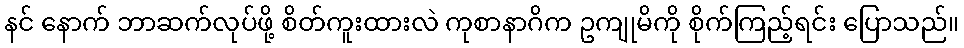
နင် နောက် ဘာဆက်လုပ်ဖို့ စိတ်ကူးထားလဲ ကုစာနာဂိက ဥကျုမိကို စိုက်ကြည့်ရင်း ပြောသည်။